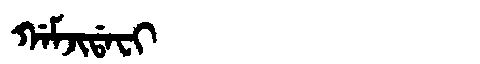
Manchu: ᡤᠠᠮᠵᡳᡩᠠᠸᡳ
Romanization: GAMJIDAFI